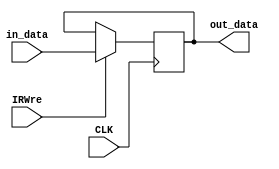
`timescale 1ns / 1ps
//////////////////////////////////////////////////////////////////////////////////
// Company: 
// Engineer: 
// 
// Design Name: 
// Module Name: IR
// Project Name: 
// Target Devices: 
// Tool Versions: 
// Description: 
// 
// Dependencies: 
// 
// Revision:
// Revision 0.01 - File Created
// Additional Comments:
// 
//////////////////////////////////////////////////////////////////////////////////


module IR(
    input CLK,
    input IRWre,
    input [31:0] in_data,
    output reg [31:0] out_data
    );
    
    initial out_data = 0;

    always@(posedge CLK) begin
        if(IRWre == 1) begin
            out_data = in_data;
        end
    end
endmodule